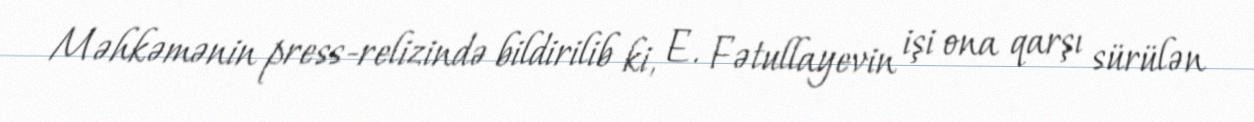
Məhkəmənin press-relizində bildirilib ki, E. Fətullayevin işi ona qarşı sürülən